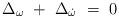
LaTeX: \begin{align*}\Delta_{\omega}~+~\Delta_{\dot{\omega}}~=~0\end{align*}